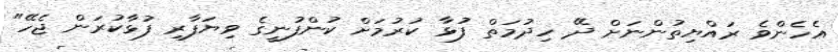
އެހެންވެ ރައްޔިތުންނަށް ދޭ ހިދުމަތް ފުޅާ ކުރުމަށް ކުންފުނީގެ ވިޔަފާރި ފުޅާކުރަން ޖެހޭ"